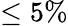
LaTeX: \leq 5\%